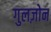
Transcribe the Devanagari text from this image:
गुलज़ोन